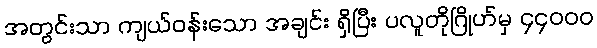
အတွင်းသာ ကျယ်ဝန်းသော အချင်း ရှိပြီး ပလူတိုဂြိုဟ်မှ ၄၄၀၀၀